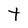
Character: t